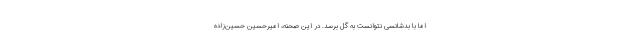
اما با بدشانسی نتوانست به گل برسد. در این صحنه، امیرحسین حسین‌زاده